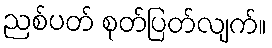
ညစ်ပတ် စုတ်ပြတ်လျက်။